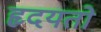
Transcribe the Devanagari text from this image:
हृदयतो